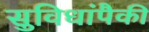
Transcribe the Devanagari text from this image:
सुविधांपैकी